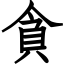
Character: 貪